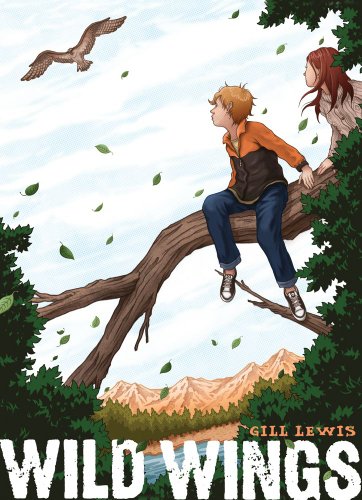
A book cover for Wild Wings; Gill Lewis; Children's Books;